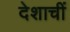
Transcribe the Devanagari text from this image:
देशाचीं